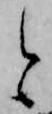
と